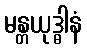
မန္တယုဒ္ဓါနံ